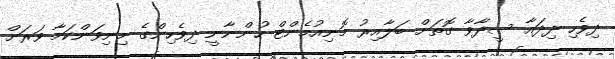
ދިވެހި ދިދައާ ސީދާވާ ގޮތަށް ބަލާއިރު މޮނިއުމެންޓް ހުންނާނީ ދިވެހިންގެ މިނިވަންކަމާ ވަރަށް